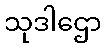
သုဒါဌော